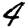
Digit: 4